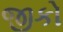
જીકો